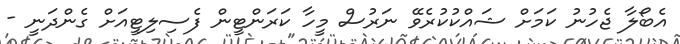
އެބޯލާ ޖެހުނު ކަމަށް ޝައްކުކުރެވޭ ނަރުސް މީހާ ކަރަންޓީން ފެސިލިޓީއަށް ގެންދަނީ -